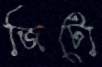
জিটো